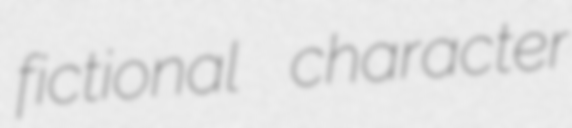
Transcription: fictional character